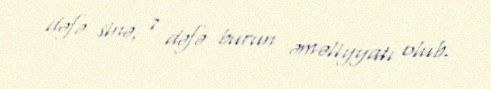
dəfə sinə, 7 dəfə burun əməliyyatı olub.